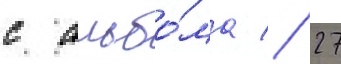
с альбо́ма // 27